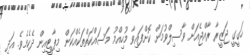
ހަގީގީ ޖަޒީރާ ރާއްޖެއަށް ވާސިލްވުމަށް ކޮށްފައިވާ މުހިއްމު މަސައްކަތްތަކެއްކަން މިޕާޓީއިން ދެކެމެވެ. އަދި